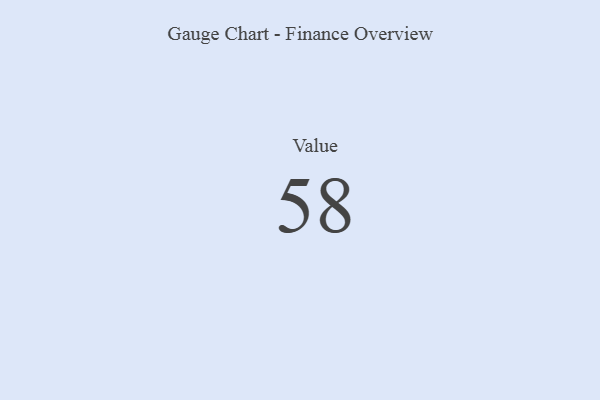
{"axis": {"x": "Metric", "y": "Value"}, "legend": [""], "data": [{"x": "Value", "y": 58, "type": ""}]}